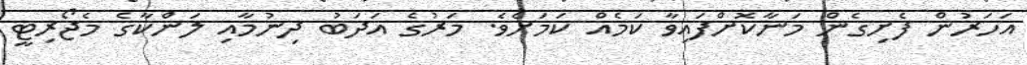
އަހަރުން ފެށިގެން މަނާކޮށްފައިވާ ކަމެއް ކަމަށެވެ. މަރުގެ އަދަބު ދިނުމާއި ލަންކާގެ މެޖޯރިޓީ